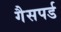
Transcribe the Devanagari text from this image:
गैसपर्ड